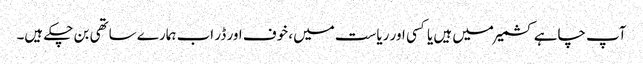
آپ چاہے کشمیر میں ہیں یا کسی اور ریاست میں، خوف اور ڈر اب ہمارے ساتھی بن چکے ہیں۔